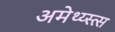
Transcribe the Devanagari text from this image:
अमेथ्य्स्त्स